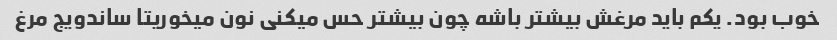
خوب بود. یکم باید مرغش بیشتر باشه چون بیشتر حس میکنی نون میخوریتا ساندویج مرغ